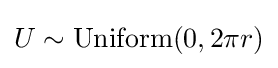
U\sim {\rm {Uniform}}(0,2\pi r)